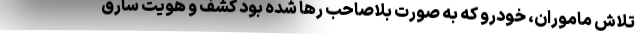
تلاش ماموران، خودرو که به صورت بلاصاحب رها شده بود کشف و هویت سارق